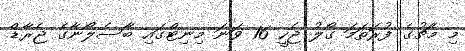
މި މެޗުގެ ފުރަތަމަ ގޯލު ޖެހީ 16 ވަނަ މިނިޓްގައި ބާސެލޯނާގެ ޖެރާޑް